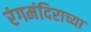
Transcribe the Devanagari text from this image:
रंगमंदिराच्या